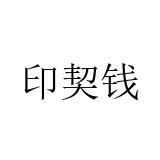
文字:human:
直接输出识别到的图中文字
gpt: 印契钱